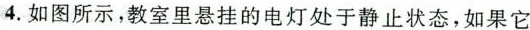
4.如图所示，教室里悬挂的电灯处于静止状态，如果它